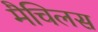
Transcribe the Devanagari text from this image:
मैचिलस